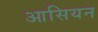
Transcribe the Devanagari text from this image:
आसियन